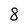
Character: 8